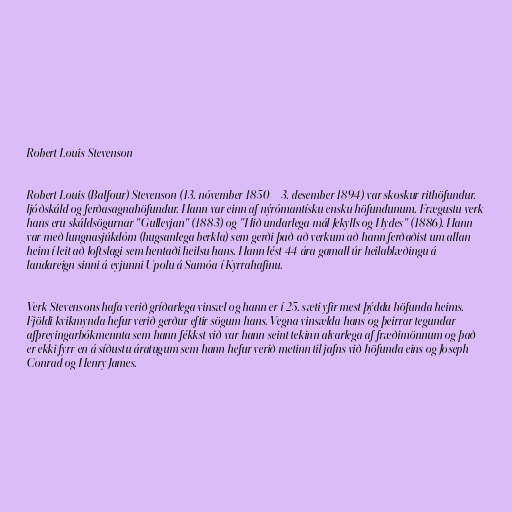
Robert Louis Stevenson

Robert Louis (Balfour) Stevenson (13. nóvember 1850 – 3. desember 1894) var skoskur rithöfundur.
ljóðskáld og ferðasagnahöfundur. Hann var einn af nýrómantísku ensku höfundunum. Frægustu verk
hans eru skáldsögurnar "Gulleyjan" (1883) og "Hið undarlega mál Jekylls og Hydes" (1886). Hann
var með lungnasjúkdóm (hugsanlega berkla) sem gerði það að verkum að hann ferðaðist um allan
heim í leit að loftslagi sem hentaði heilsu hans. Hann lést 44 ára gamall úr heilablæðingu á
landareign sinni á eyjunni Upolu á Samóa í Kyrrahafinu.

Verk Stevensons hafa verið gríðarlega vinsæl og hann er í 25. sæti yfir mest þýddu höfunda heims.
Fjöldi kvikmynda hefur verið gerður eftir sögum hans. Vegna vinsælda hans og þeirrar tegundar
afþreyingarbókmennta sem hann fékkst við var hann seint tekinn alvarlega af fræðimönnum og það
er ekki fyrr en á síðustu áratugum sem hann hefur verið metinn til jafns við höfunda eins og Joseph
Conrad og Henry James.